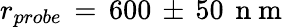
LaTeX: r_{probe}\, =\, 600\, \pm\, 50\, \mathrm{~n~m~}